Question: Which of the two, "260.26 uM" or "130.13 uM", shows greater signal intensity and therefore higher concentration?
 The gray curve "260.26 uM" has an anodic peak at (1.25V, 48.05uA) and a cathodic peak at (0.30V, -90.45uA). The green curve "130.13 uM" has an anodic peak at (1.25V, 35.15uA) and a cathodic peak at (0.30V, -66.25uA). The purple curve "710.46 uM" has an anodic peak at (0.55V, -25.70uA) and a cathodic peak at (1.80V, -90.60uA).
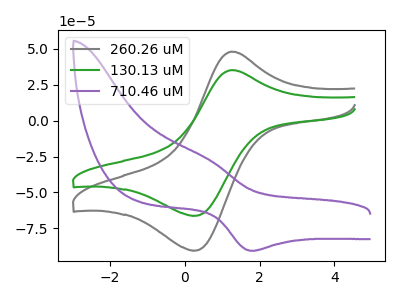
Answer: <think>All the peaks in "260.26 uM" have a peak in "130.13 uM" at the same potential. Every peak in "260.26 uM" is higher than every peak in "130.13 uM".
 </think>
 <answer>"260.26 uM" has more signal than "130.13 uM" and so likely has a higher concentration.</answer>
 <eval>more_concentration</eval>